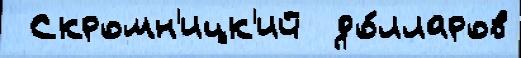
 Скромн'ицк'ий  до́лларов